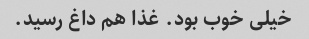
خیلی خوب بود. غذا هم داغ رسید.